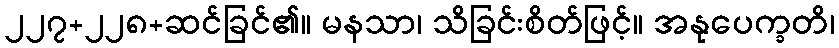
၂၂၇+၂၂၈+ဆင်ခြင်၏။ မနသာ၊ သိခြင်းစိတ်ဖြင့်။ အနုပေက္ခတိ၊